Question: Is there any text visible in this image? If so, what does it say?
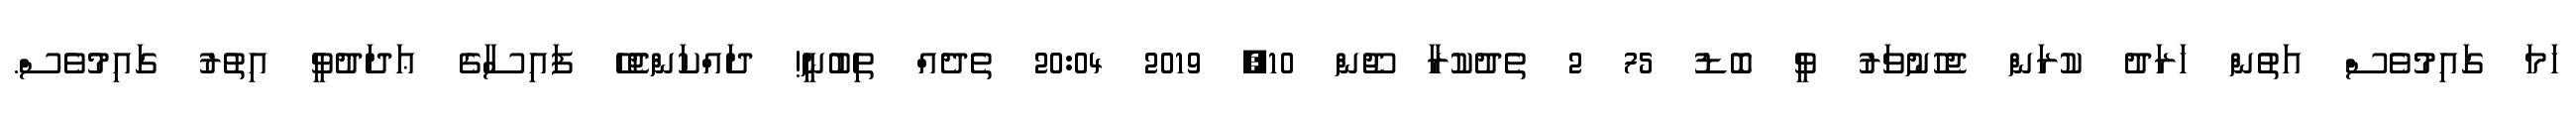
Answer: ހަމަ ގައިމުވެސް އަތުން ހަރަދު ކުރަން ޖެހުނުވަރު ވީ ބޮޑު 75 2 ތެދުކުރާ ޖޫން 10, 2019 20:04 ތެދެއް ތިބުނީ! ދައްކަންޖެހޭ ފައިސާގެ ޢަދަދުވީ އިތުރު ގައިމުވެސް.